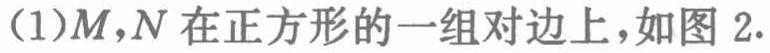
(1)$M,N$在正方形的一组对边上，如图2.